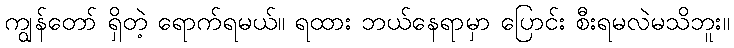
ကျွန်တော် ရှိတဲ့ ရောက်ရမယ်။ ရထား ဘယ်နေရာမှာ ပြောင်း စီးရမလဲမသိဘူး။